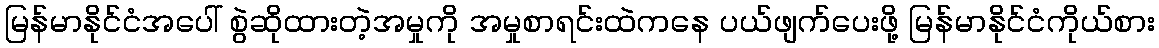
မြန်မာနိုင်ငံအပေါ် စွဲဆိုထားတဲ့အမှုကို အမှုစာရင်းထဲကနေ ပယ်ဖျက်ပေးဖို့ မြန်မာနိုင်ငံကိုယ်စား